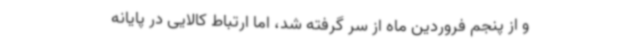
و از پنجم فروردین ماه از سر گرفته شد، اما ارتباط کالایی در پایانه